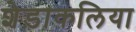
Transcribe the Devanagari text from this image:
शेड़ाकलिया